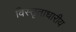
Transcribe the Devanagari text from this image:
विस्तृताधारीय